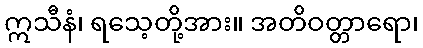
ဣသီနံ၊ ရသေ့တို့အား။ အတိဝတ္တာရော၊